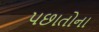
પછાતોના